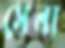
সেনা